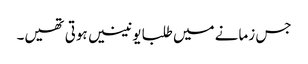
جس زمانے میں طلبا یونینیں ہوتی تھیں۔